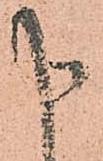
申